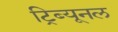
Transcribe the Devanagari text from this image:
ट्रिब्‍यूनल